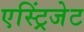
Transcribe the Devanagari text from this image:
एस्ट्रिंजेट